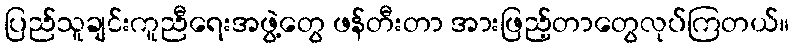
ပြည်သူချင်းကူညီရေးအဖွဲ့တွေ ဖန်တီးတာ အားဖြည့်တာတွေလုပ်ကြတယ်။